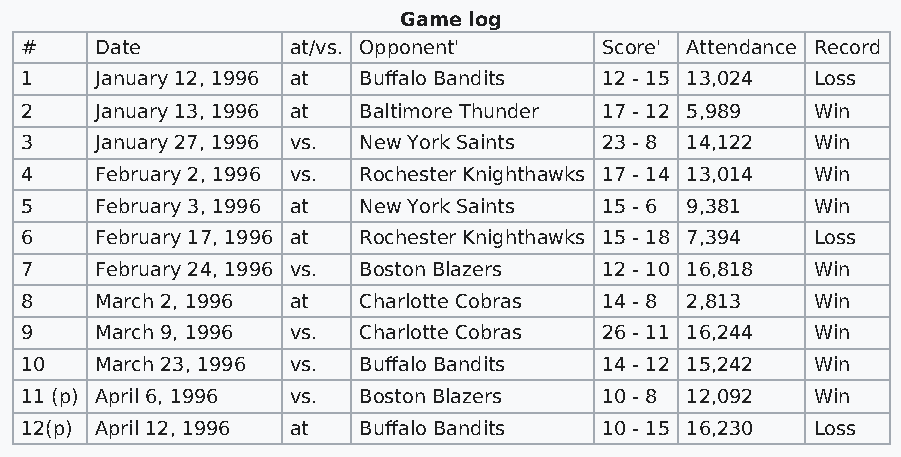
Game log
 #    Date         at/vs. Opponent'     Score' Attendance Record
 1    January 12, 1996 at Buffalo Bandits 12 - 15 13,024 Loss
 2    January 13, 1996 at Baltimore Thunder 17 - 12 5,989 Win
 3    January 27, 1996 vs. New York Saints 23 - 8 14,122 Win
 4    February 2, 1996 vs. Rochester Knighthawks 17 - 14 13,014 Win
 5    February 3, 1996 at New York Saints 15 - 6 9,381 Win
 6    February 17, 1996 at Rochester Knighthawks 15 - 18 7,394 Loss
 7    February 24, 1996 vs. Boston Blazers 12 - 10 16,818 Win
 8    March 2, 1996 at  Charlotte Cobras 14 - 8 2,813 Win
 9    March 9, 1996 vs. Charlotte Cobras 26 - 11 16,244 Win
 10   March 23, 1996 vs. Buffalo Bandits 14 - 12 15,242 Win
 11 (p) April 6, 1996 vs. Boston Blazers 10 - 8 12,092 Win
 12(p) April 12, 1996 at Buffalo Bandits 10 - 15 16,230 Loss